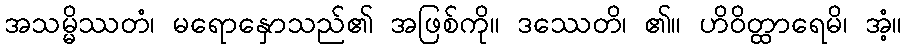
အသမ္မိဿတံ၊ မရောနှောသည်၏ အဖြစ်ကို။ ဒဿေတိ၊ ၏။ ဟိဝိတ္ထာရေမိ၊ အံ့။